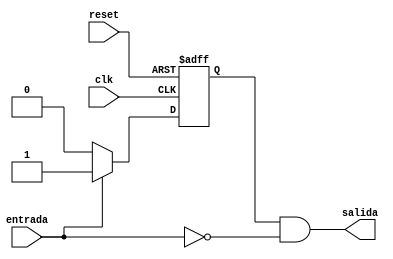
`timescale 1ns / 1ps
//////////////////////////////////////////////////////////////////////////////////
// Company: 
// Engineer: 
// 
// Design Name: 
// Module Name:    pausa 
// Project Name: 
// Target Devices: 
// Tool versions: 
// Description: 
//
// Dependencies: 
//
// Revision: 
// Revision 0.01 - File Created
// Additional Comments: 
//
//////////////////////////////////////////////////////////////////////////////////

module secuence(
    input entrada,
    input clk,
    input reset,
    output salida
    );

reg state, nextstate;

parameter s0 = 1'b0;
parameter s1 = 1'b1;
reg y;


always @(posedge reset, posedge clk )
    begin
        if (reset)
            state <= s0;
        else
            state <= nextstate;
    end


always @(*)
    begin
        case(state)
            s0: if(entrada) 
                    nextstate = s1;
                else
                    nextstate = s0;
            s1: if(entrada)
                    nextstate = s1;
                else
                    nextstate = s0;
        endcase
    end

assign salida = state & ~entrada ;
endmodule